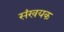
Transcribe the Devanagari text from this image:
संखयक